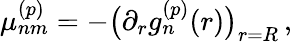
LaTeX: \mu_{nm}^{(p)}=-\bigl(\partial_{r}g_{n}^{(p)}(r)\bigr)_{r=R}\, ,